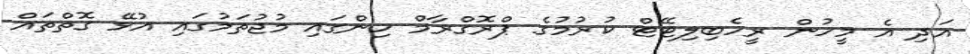
އަދި އެ މީހުން ރީހެބިލިޓޭޓް ކުރުމުގެ ޕްރޮގްރާމް ހިންގައި މުޖުތަމުގައި އުޅޭ ގޮތްތައް